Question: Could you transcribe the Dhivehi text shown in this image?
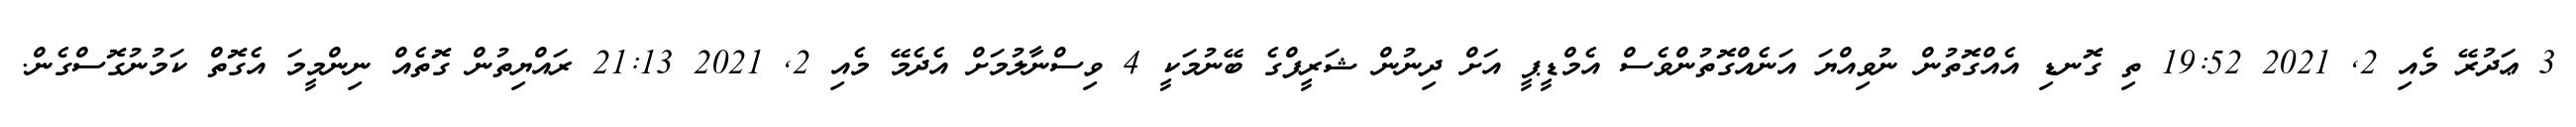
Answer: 3 ޢަދުރޭ މެއި 2, 2021 19:52 ތި ގޮނޑި އެއްގޮތުން ނުވިއްޔަ އަނެއްގޮތުންވެސް އެމްޑީޕީ އަށް ދިނުން ޝަރީފްގެ ބޭނުމަކީ 4 ވިސްނާލުމަށް އެދެމޭ މެއި 2, 2021 21:13 ރައްޔިތުން ގޮތެއް ނިންމީމަ އެގޮތް ކަމުނުގޮސްގެން.